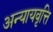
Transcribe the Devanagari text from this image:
अन्यायवृत्ति